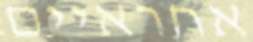
אחראיים